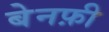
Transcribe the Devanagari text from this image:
बेनफ़ी